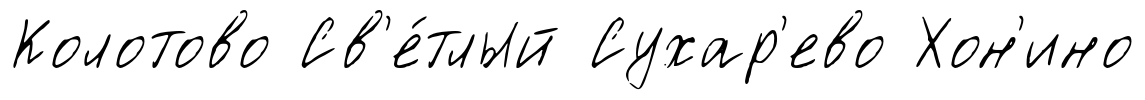
Колотово Св'е́тлый Сухар'ево Хон'ино